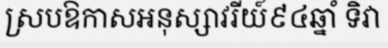
ស្របឱកាសអនុស្សាវរីយ៍៩៤ឆ្នាំ ទិវា